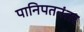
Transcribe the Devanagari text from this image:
पानिपतनंतर